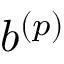
b ^ { ( p ) }